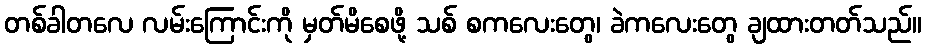
တစ်ခါတလေ လမ်းကြောင်းကို မှတ်မိစေဖို့ သစ် စကလေးတွေ၊ ခဲကလေးတွေ ချထားတတ်သည်။